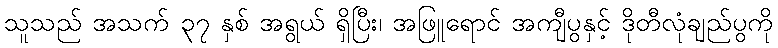
သူသည် အသက် ၃၇ နှစ် အရွယ် ရှိပြီး၊ အဖြူရောင် အကျီပွနှင့် ဒိုတီလုံချည်ပွကို